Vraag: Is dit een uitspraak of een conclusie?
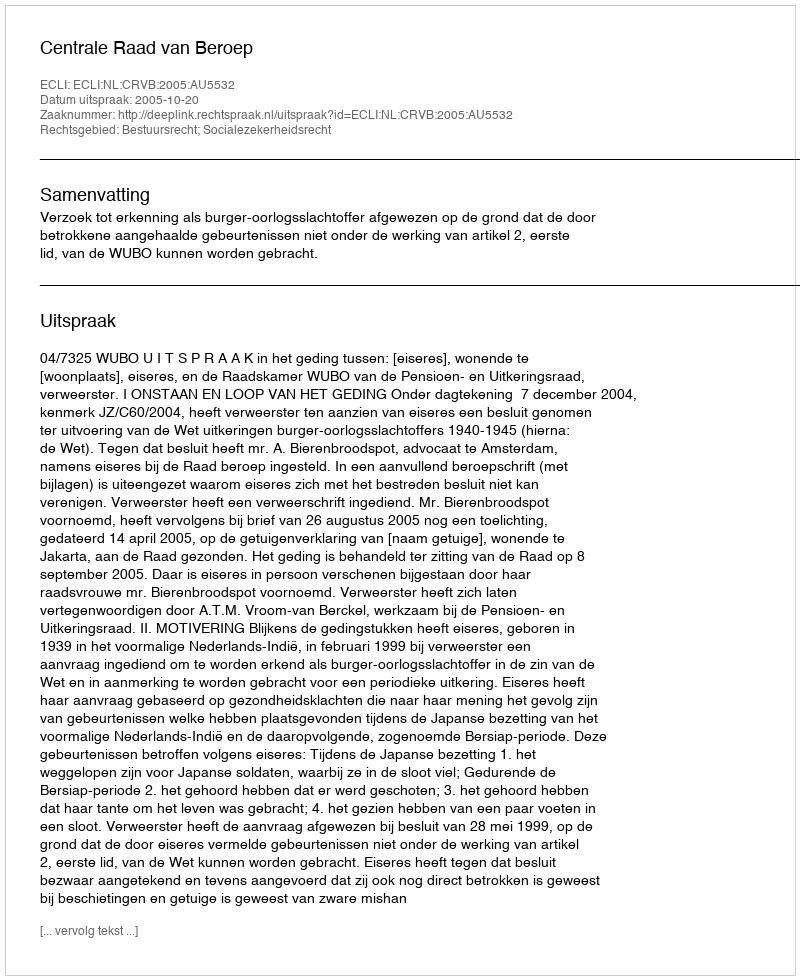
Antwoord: Uitspraak